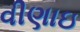
વીણાઇ